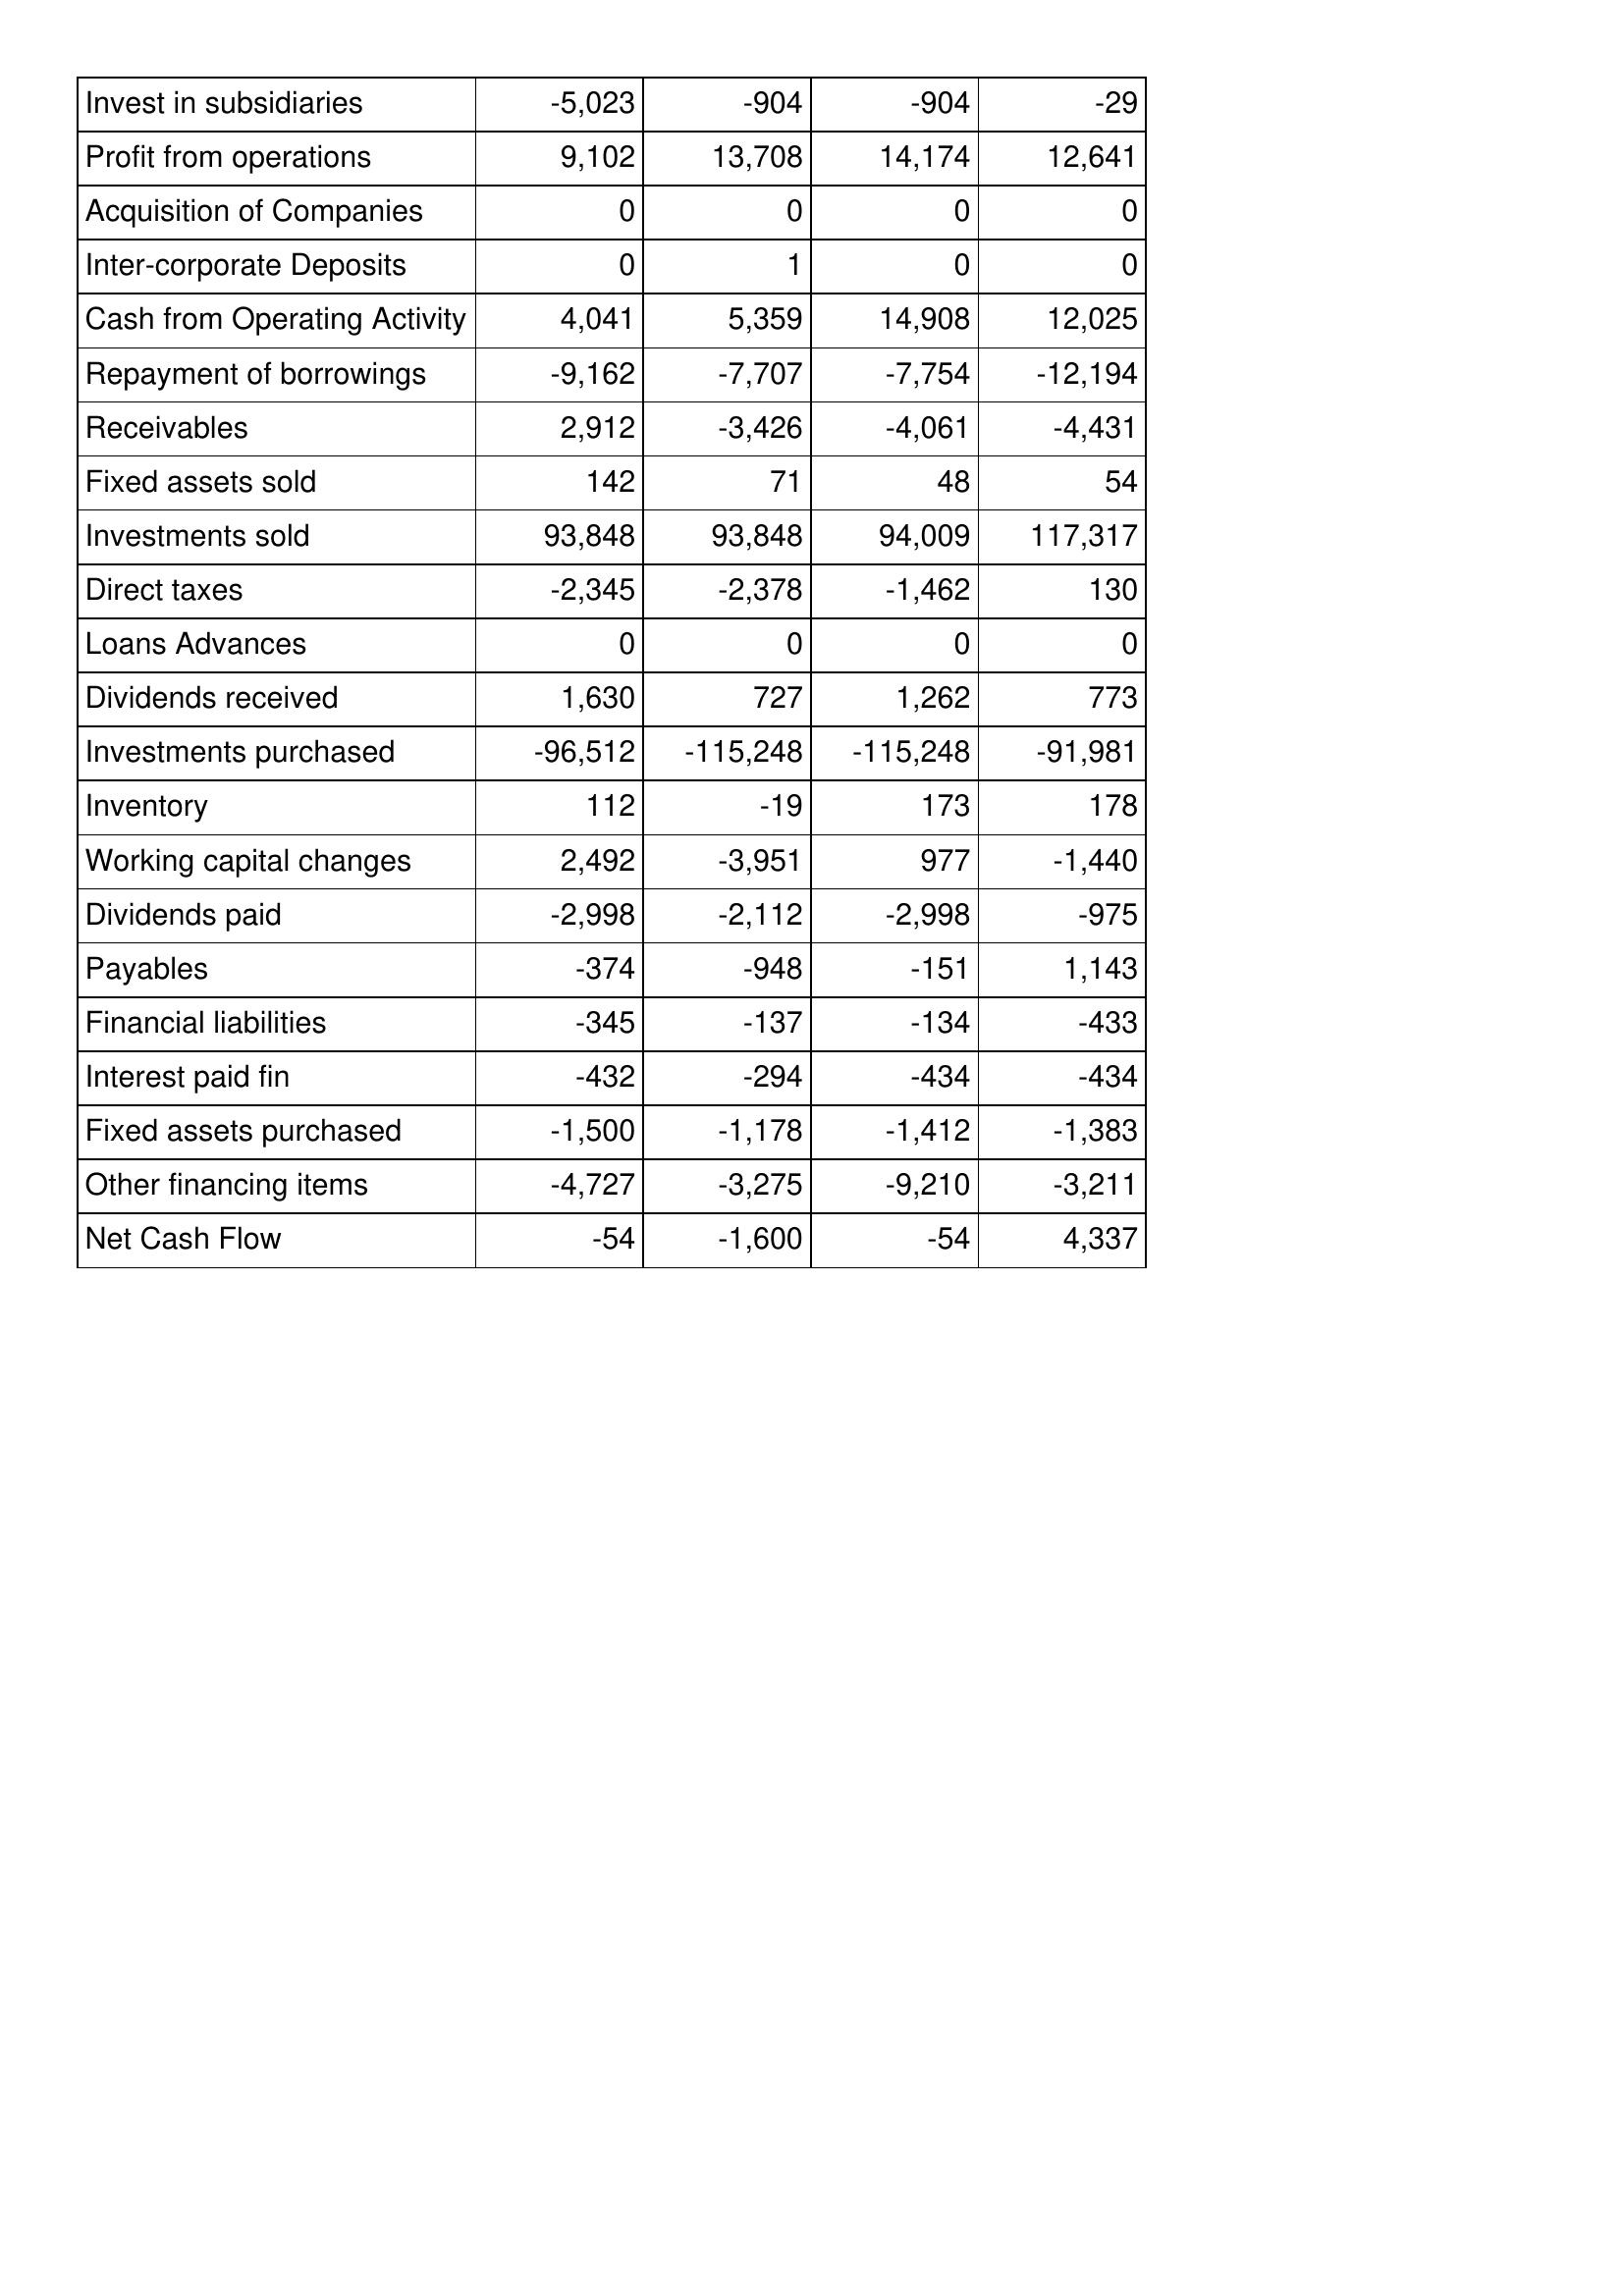
Apr-15: Cash Flows: Invest in subsidiaries: -5,023
Profit from operations: 9,102
Acquisition of Companies: 0
Inter-corporate Deposits: 0
Cash from Operating Activity: 4,041
Repayment of borrowings: -9,162
Receivables: 2,912
Fixed assets sold: 142
Investments sold: 93,848
Direct taxes: -2,345
Loans Advances: 0
Dividends received: 1,630
Investments purchased: -96,512
Inventory: 112
Working capital changes: 2,492
Dividends paid: -2,998
Payables: -374
Financial liabilities: -345
Interest paid fin: -432
Fixed assets purchased: -1,500
Other financing items: -4,727
Net Cash Flow: -54
Apr-14: Cash Flows: Invest in subsidiaries: -904
Profit from operations: 13,708
Acquisition of Companies: 0
Inter-corporate Deposits: 1
Cash from Operating Activity: 5,359
Repayment of borrowings: -7,707
Receivables: -3,426
Fixed assets sold: 71
Investments sold: 93,848
Direct taxes: -2,378
Loans Advances: 0
Dividends received: 727
Investments purchased: -115,248
Inventory: -19
Working capital changes: -3,951
Dividends paid: -2,112
Payables: -948
Financial liabilities: -137
Interest paid fin: -294
Fixed assets purchased: -1,178
Other financing items: -3,275
Net Cash Flow: -1,600
Apr-13: Cash Flows: Invest in subsidiaries: -904
Profit from operations: 14,174
Acquisition of Companies: 0
Inter-corporate Deposits: 0
Cash from Operating Activity: 14,908
Repayment of borrowings: -7,754
Receivables: -4,061
Fixed assets sold: 48
Investments sold: 94,009
Direct taxes: -1,462
Loans Advances: 0
Dividends received: 1,262
Investments purchased: -115,248
Inventory: 173
Working capital changes: 977
Dividends paid: -2,998
Payables: -151
Financial liabilities: -134
Interest paid fin: -434
Fixed assets purchased: -1,412
Other financing items: -9,210
Net Cash Flow: -54
Apr-12: Cash Flows: Invest in subsidiaries: -29
Profit from operations: 12,641
Acquisition of Companies: 0
Inter-corporate Deposits: 0
Cash from Operating Activity: 12,025
Repayment of borrowings: -12,194
Receivables: -4,431
Fixed assets sold: 54
Investments sold: 117,317
Direct taxes: 130
Loans Advances: 0
Dividends received: 773
Investments purchased: -91,981
Inventory: 178
Working capital changes: -1,440
Dividends paid: -975
Payables: 1,143
Financial liabilities: -433
Interest paid fin: -434
Fixed assets purchased: -1,383
Other financing items: -3,211
Net Cash Flow: 4,337